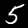
Label: 5